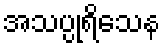
အသပ္ပုရိသေန